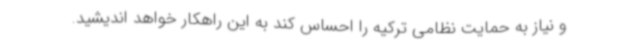
و نیاز به حمایت نظامی ترکیه را احساس کند به این راهکار خواهد اندیشید.